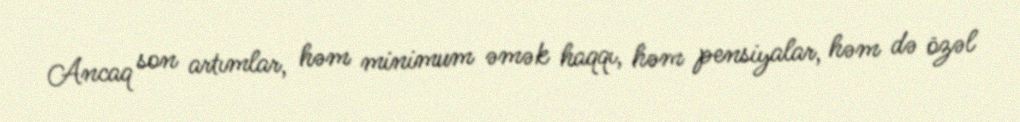
Ancaq son artımlar, həm minimum əmək haqqı, həm pensiyalar, həm də özəl